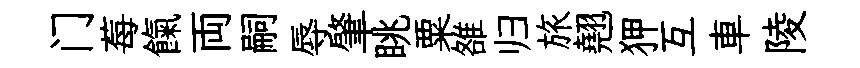
门莓餼両嗣辱肇眺粟雒归旅翹狎互車陵